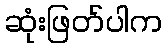
ဆုံးဖြတ်ပါက